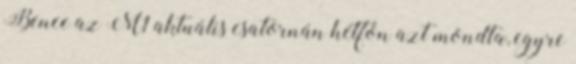
Bence az M1 aktuális csatornán hétfőn azt mondta, egyre